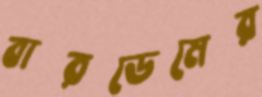
বারডেমের